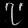
Digit: ၇